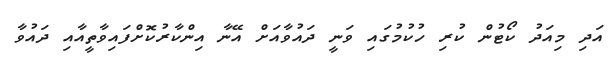
އަދި މިއަދު ކޯޓުން ކުރި ހުކުމުގައި ވަނީ ދައުވާއަށް އޭނާ އިންކާރުކޮށްފައިވާތީއާއި ދައުވާ